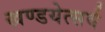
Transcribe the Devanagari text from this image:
खण्डयेत्सर्वं